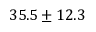
3 5 . 5 \pm { 1 2 . 3 }